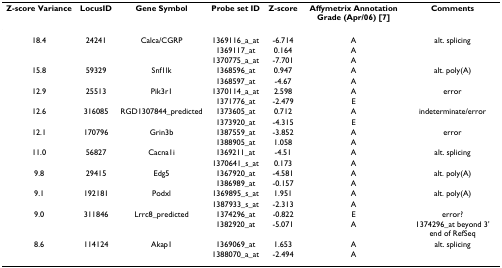
| Z-score Variance | LocusID | Gene Symbol | Probe set ID | Z-score | Affymetrix Annotation Grade (Apr/06) [7] | Comments |
 | --- | --- | --- | --- | --- | --- | --- |
 | 18.4 | 24241 | Calca/CGRP | 1369116_a_at | -6.714 | A | alt. splicing |
 |  |  |  | 1369117_at | 0.164 | A |  |
 |  |  |  | 1370775_a_at | -7.701 | A |  |
 | 15.8 | 59329 | Snf1lk | 1368596_at | 0.947 | A | alt. poly(A) |
 |  |  |  | 1368597_at | -4.67 | A |  |
 | 12.9 | 25513 | Pik3r1 | 1370114_a_at | 2.598 | A | error |
 |  |  |  | 1371776_at | -2.479 | E |  |
 | 12.6 | 316085 | RGD1307844_predicted | 1373605_at | 0.712 | A | indeterminate/error |
 |  |  |  | 1373920_at | -4.315 | E |  |
 | 12.1 | 170796 | Grin3b | 1387559_at | -3.852 | A | error |
 |  |  |  | 1388905_at | 1.058 | A |  |
 | 11.0 | 56827 | Cacna1i | 1369211_at | -4.51 | A | alt. splicing |
 |  |  |  | 1370641_s_at | 0.173 | A |  |
 | 9.8 | 29415 | Edg5 | 1367920_at | -4.581 | A | alt. poly(A) |
 |  |  |  | 1386989_at | -0.157 | A |  |
 | 9.1 | 192181 | Podxl | 1369895_s_at | 1.951 | A | alt. poly(A) |
 |  |  |  | 1387933_s_at | -2.313 | A |  |
 | 9.0 | 311846 | Lrrc8_predicted | 1374296_at | -0.822 | E | error? |
 |  |  |  | 1382920_at | -5.071 | A | 1374296_at beyond 3' end of RefSeq |
 | 8.6 | 114124 | Akap1 | 1369069_at | 1.653 | A | alt. splicing |
 |  |  |  | 1388070_a_at | -2.494 | A |  |